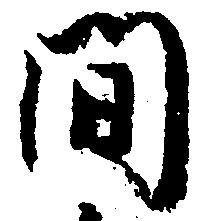
間